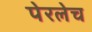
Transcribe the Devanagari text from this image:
पेरलेच